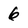
Character: 6